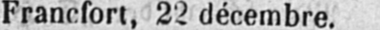
Francfort, 22 décembre.